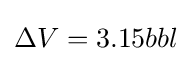
\Delta V=3.15bbl